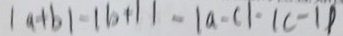
\vert a + b \vert - \vert b + 1 \vert - \vert a - c \vert - \vert c - 1 \vert